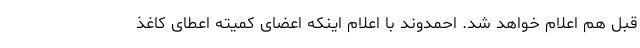
قبل هم اعلام خواهد شد. احمدوند با اعلام اینکه اعضای کمیته اعطای کاغذ